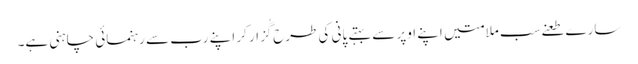
سارے طعنےسب ملامتیں اپنے اوپر سے بہتے پانی کی طرح گُزار کر اپنے رب سے رہنمائی چاہنی ہے۔